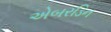
એબરડિન